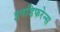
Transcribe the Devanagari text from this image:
इनडिफरेन्स